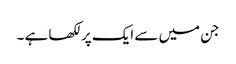
جن میں سے ایک پرلکھا ہے ۔